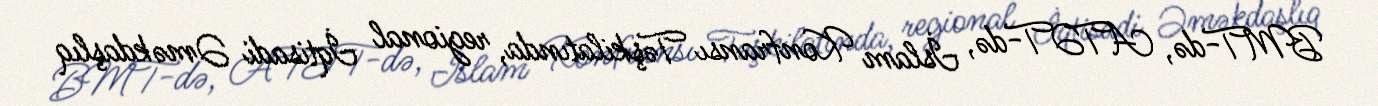
BMT-də, ATƏT-də, İslam Konfransı Təşkilatında, regional İqtisadi Əməkdaşlıq